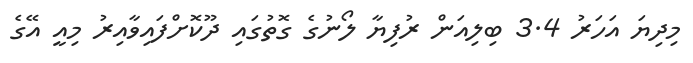
މިދިޔަ އަހަރު 3.4 ބިލިއަން ރުފިޔާ ލޯނުގެ ގޮތުގައި ދޫކޮށްފައިވާއިރު މިއީ އޭގެ